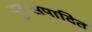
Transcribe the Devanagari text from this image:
पुनःसंपादित